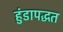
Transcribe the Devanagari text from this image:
हुंडापद्धत